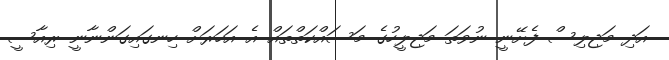
އަދި މަޖިލިސް ފެށޭނީ ނުވަތަ މަޖިލީހުގެ މަސައްކަތްތައް އެ އަހަރަށް ހިނގައިގަންނާނީ ރިއާސީ